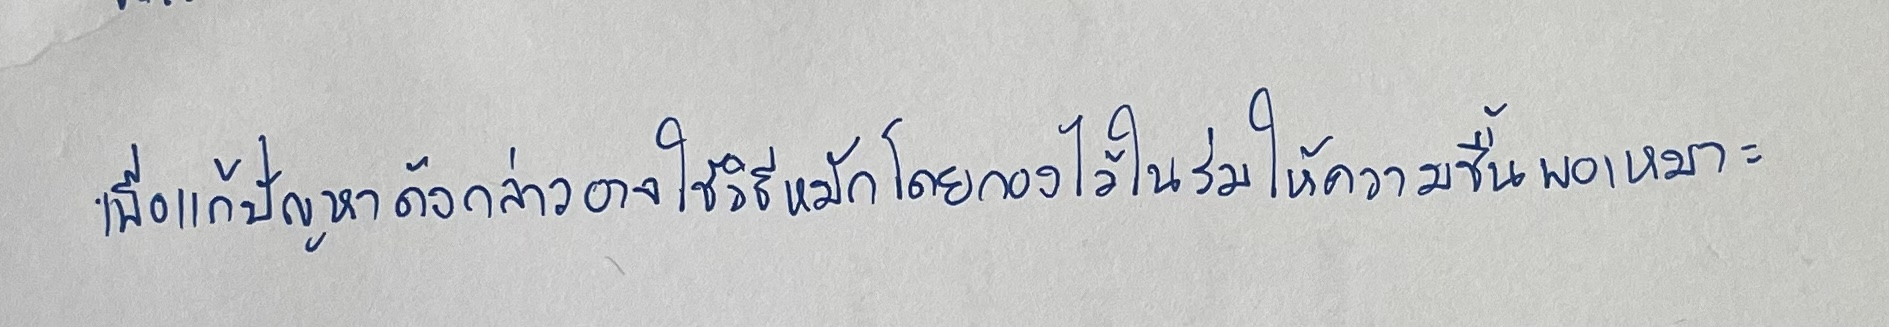
เพื่อแก้ปัญหาดังกล่าวอาจใช้วิธีหมักโดยกองไว้ในร่มให้ความชื้นพอเหมาะ